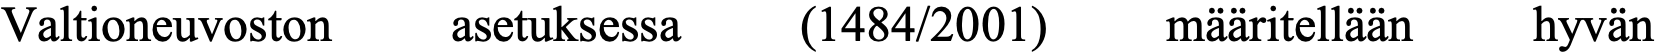
Valtioneuvoston asetuksessa (1484/2001) määritellään hyvän